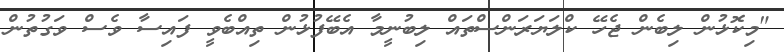
"މިކޮޅުން ލިބެން ޖެހޭ ކްލަޔަރަންސްތައް ލިބުނީމާ އެބޭފުޅުން ތިއްބެވީ ފައިސާ ވެސް ވަގުތުން